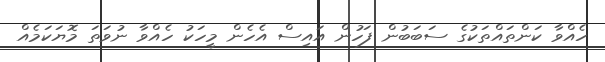
ހެއްވާ ކަންތައްތަކުގެ ސަބަބުން ފަހުން އައިސް އެހެން މީހަކު ހެއްވާ ނުވަތަ މޮޔަކަމެއް